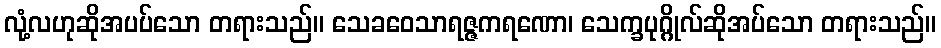
လုံ့လဟုဆိုအပပ်သော တရားသည်။ သေခဝေသာရဇ္ဇကရဏော၊ သေက္ခပုဂ္ဂိုလ်ဆိုအပ်သော တရားသည်။